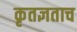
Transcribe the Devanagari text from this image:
कृतज्ञताच